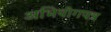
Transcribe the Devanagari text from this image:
अभियोगपत्र